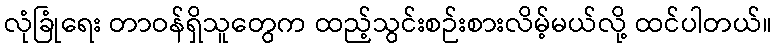
လုံခြုံရေး တာဝန်ရှိသူတွေက ထည့်သွင်းစဉ်းစားလိမ့်မယ်လို့ ထင်ပါတယ်။